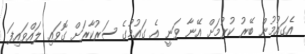
އެގައުމުން ބޭރު ކުރުމަށް އޭނާ ވަނީ އެ ގައުމުގެ ސަރުކާރަށް ގޮވައި ލައްވައިފަ